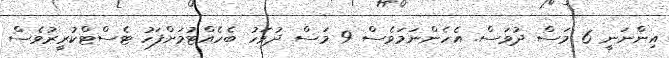
އިންނަނީ 6 މަސް ދުވަސް. އެހެންނަމަވެސް 9 މަސް ދުވަހު ބެހެއްޓުމަށްފަހު ޓެސްޓްކުރީރުވެސް